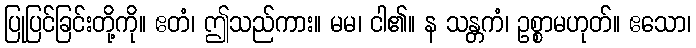
ပြုပြင်ခြင်းတို့ကို။ ဧတံ၊ ဤသည်ကား။ မမ၊ ငါ၏။ န သန္တကံ၊ ဥစ္စာမဟုတ်။ ဧသော၊